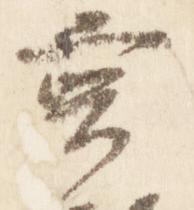
言